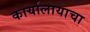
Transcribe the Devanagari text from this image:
कार्यालायाचा